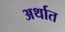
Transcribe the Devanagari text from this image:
अर्थात